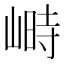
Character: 𡻄